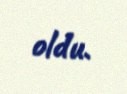
oldu.